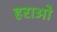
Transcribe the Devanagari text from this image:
हराओ